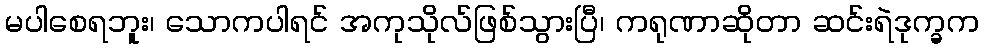
မပါစေရဘူး၊ သောကပါရင် အကုသိုလ်ဖြစ်သွားပြီ၊ ကရုဏာဆိုတာ ဆင်းရဲဒုက္ခက